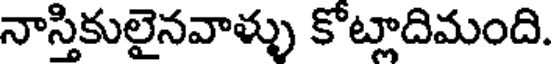
నాస్తికులైనవాళ్ళు కోట్లాదిమంది.